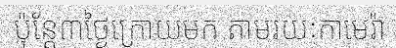
ប៉ុន្តែ៣ថ្ងៃក្រោយមក តាមរយៈកាមេរ៉ា